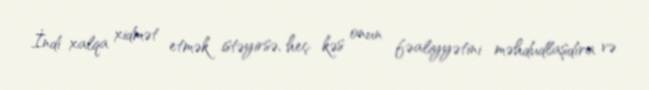
İndi xalqa xidmət etmək istəyirsə, heç kəs onun fəaliyyətini məhdudlaşdıra və